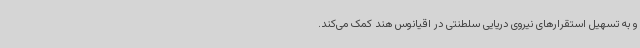
و به تسهیل استقرارهای نیروی دریایی سلطنتی در اقیانوس هند کمک می‌کند.